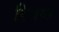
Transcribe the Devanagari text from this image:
रिजर्व्स